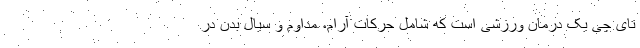
تای چی یک درمان ورزشی است که شامل حرکات آرام، مداوم و سیال بدن در